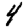
Digit: 4